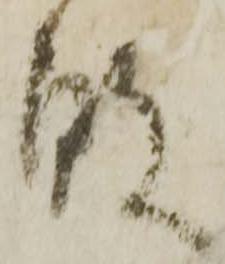
敗